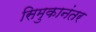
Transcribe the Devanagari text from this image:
सिमुकानंतर